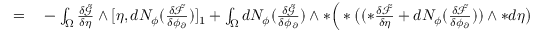
\begin{array} { r l } { = } & { { } - \int _ { \Omega } \frac { \delta \tilde { \mathcal { G } } } { \delta \eta } \wedge [ \eta , d N _ { \phi } ( \frac { \delta \tilde { \mathcal { F } } } { \delta \phi _ { \partial } } ) ] _ { 1 } + \int _ { \Omega } d N _ { \phi } ( \frac { \delta \tilde { \mathcal { G } } } { \delta \phi _ { \partial } } ) \wedge \ast \Big ( \ast \big ( ( \ast \frac { \delta \tilde { \mathcal { F } } } { \delta \eta } + d N _ { \phi } ( \frac { \delta \tilde { \mathcal { F } } } { \delta \phi _ { \partial } } ) ) \wedge \ast d \eta \big ) } \end{array}